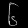
Digit: ၆